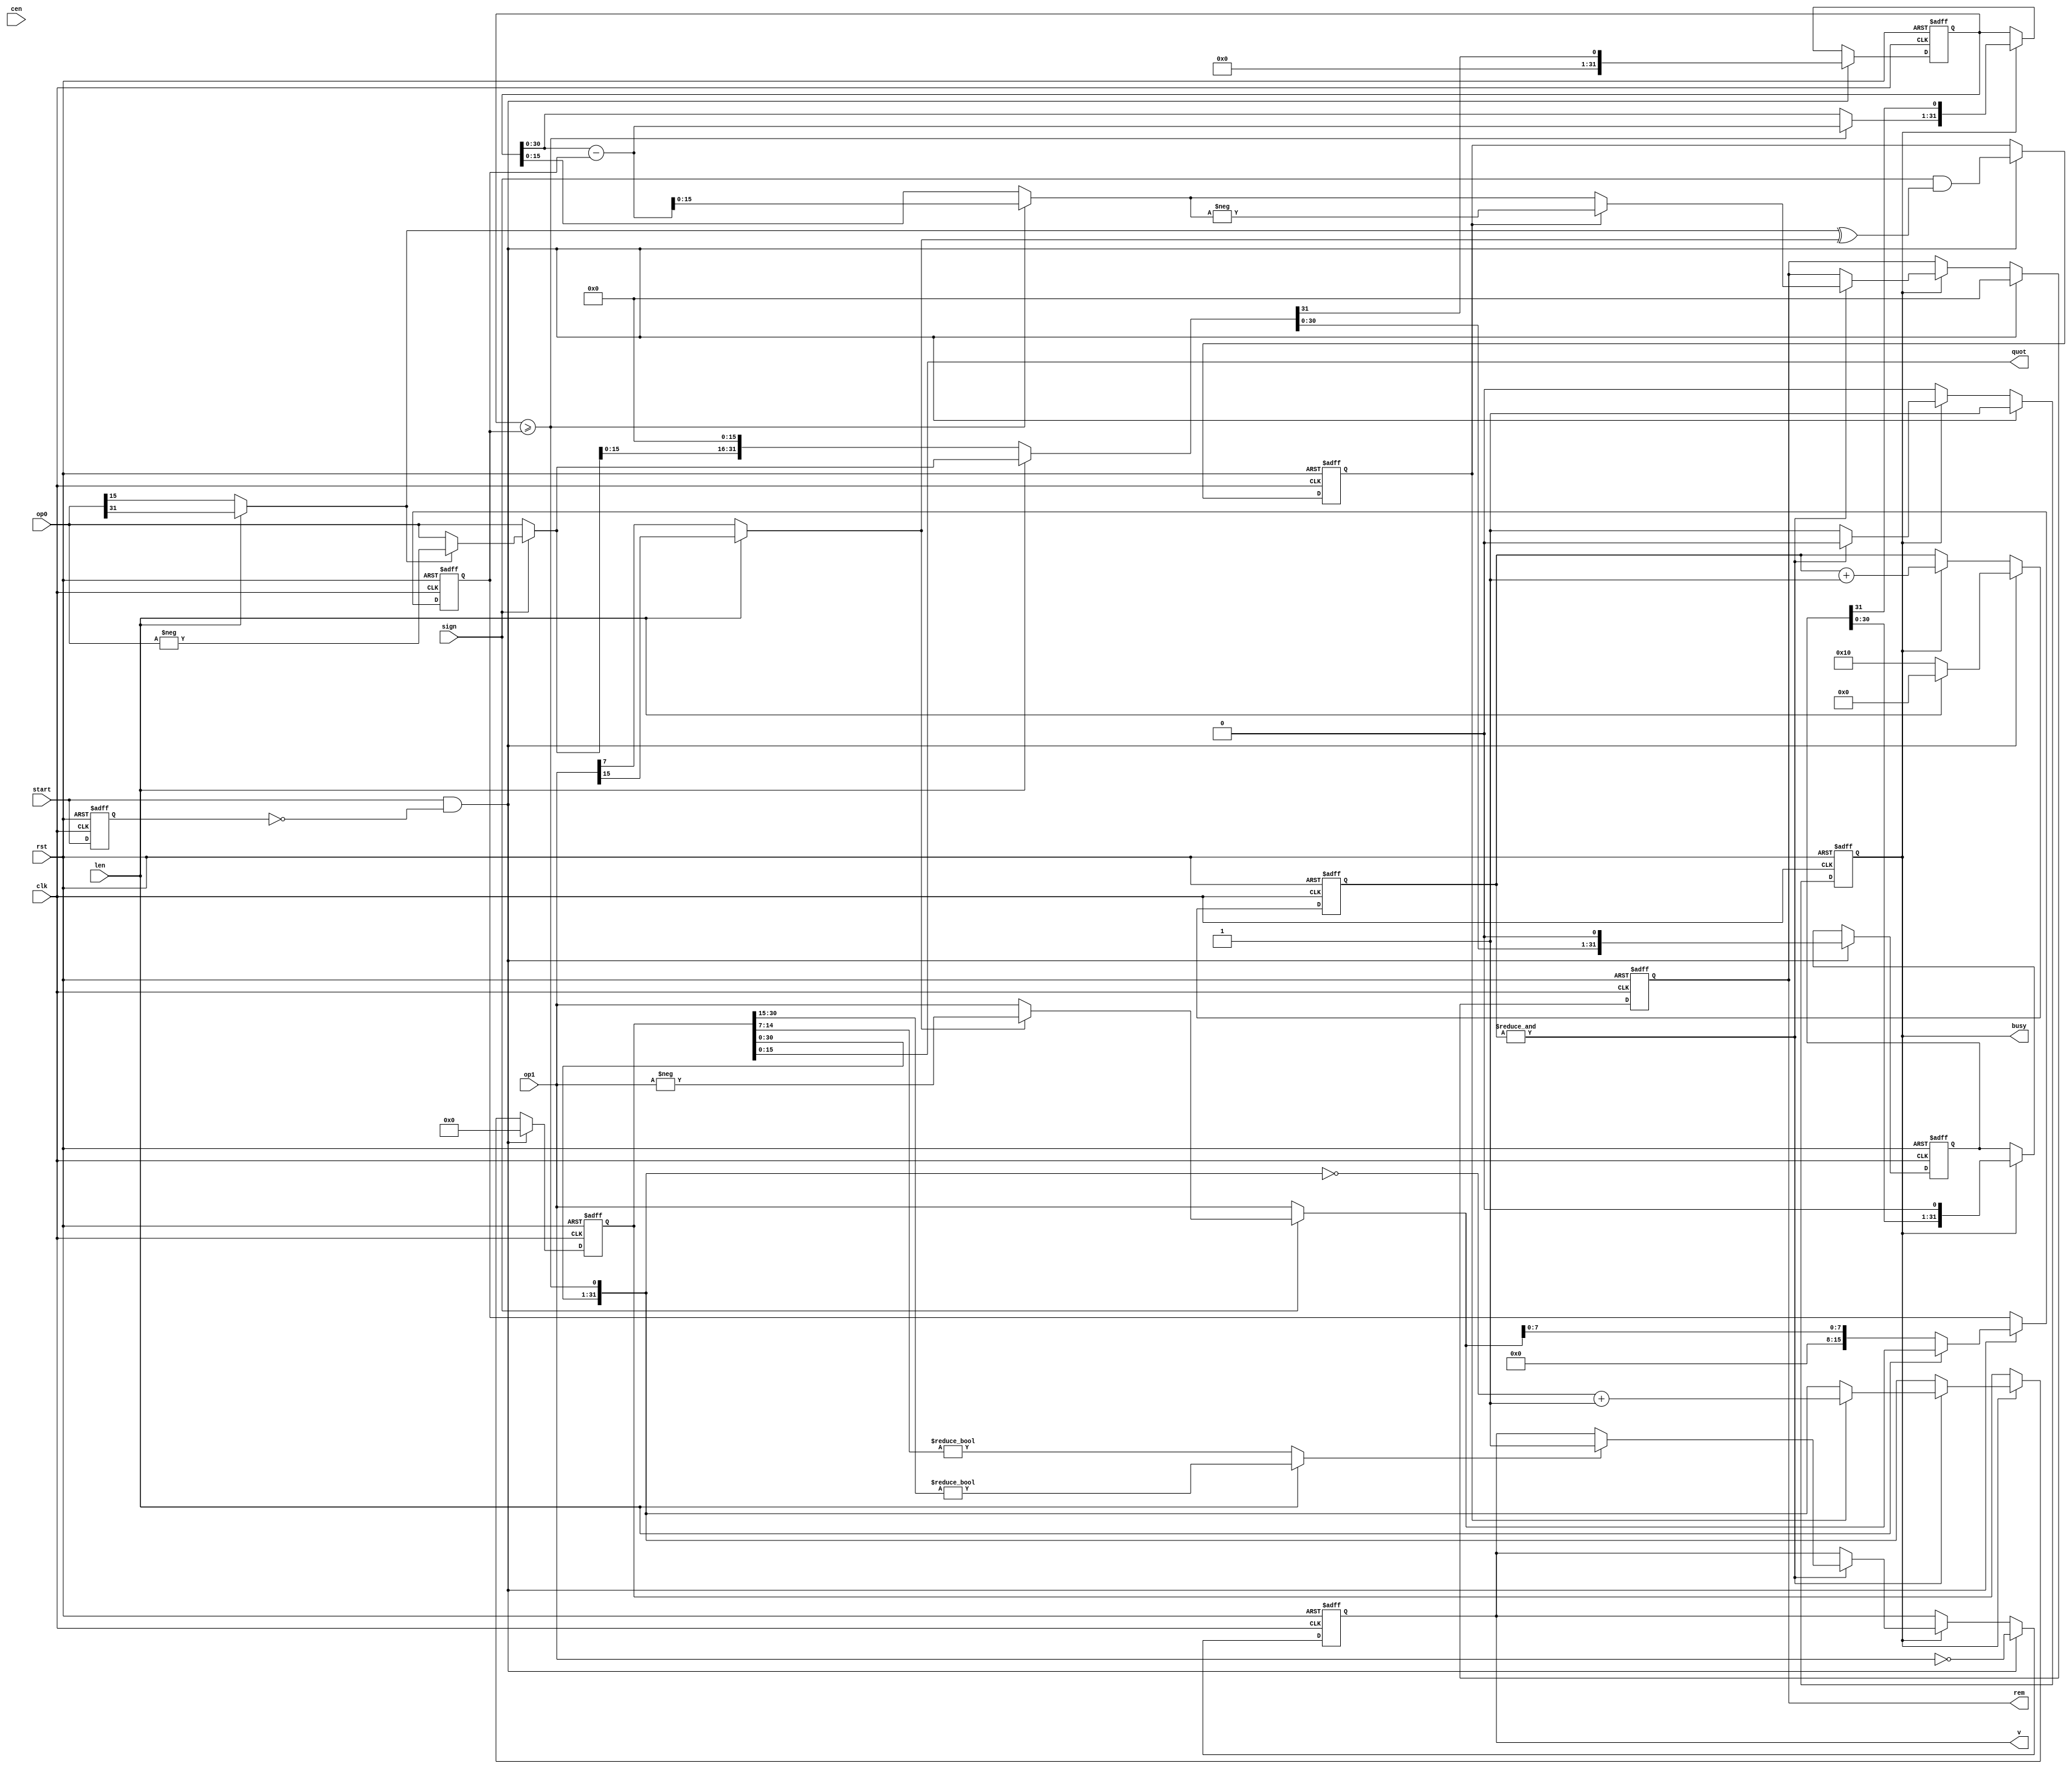
/*  This file is part of JT900H.
    JT900H program is free software: you can redistribute it and/or modify
    it under the terms of the GNU General Public License as published by
    the Free Software Foundation, either version 3 of the License, or
    (at your option) any later version.

    JT900H program is distributed in the hope that it will be useful,
    but WITHOUT ANY WARRANTY; without even the implied warranty of
    MERCHANTABILITY or FITNESS FOR A PARTICULAR PURPOSE.  See the
    GNU General Public License for more details.

    You should have received a copy of the GNU General Public License
    along with JT900H.  If not, see <http://www.gnu.org/licenses/>.

    Author: Jose Tejada Gomez. https://patreon.com/jotego
    Version: 1.0
    Date: 30-11-2021 */

module jt900h_div(
    input             rst,
    input             clk,
    input             cen,
    input      [31:0] op0, // dividend
    input      [15:0] op1, // divisor
    input             len,
    input             start,
    input             sign,
    output     [15:0] quot,
    output reg [15:0] rem,
    output reg        busy,
    output reg        v
);

reg  [31:0] divend, sub, fullq, op0_unsig;
reg  [15:0] divor, op1_unsig, nx_rem;
wire [31:0] rslt, nx_quot;
reg  [ 4:0] st;
wire        larger;
reg         start_l;
reg         sign0, sign1, rsi;

assign larger = sub>=divor;
assign rslt   = sub - { 16'd0, divor };
assign nx_quot= { fullq[30:0], larger };
assign quot   = fullq[15:0];

always @* begin
    op0_unsig = op0;
    op1_unsig = op1;
    sign0     = len ? op0[31] : op0[15];
    sign1     = len ? op1[15] : op1[7];
    if( sign ) begin
        if( sign0 ) op0_unsig = -op0;
        if( sign1 ) op1_unsig = -op1;
    end
    // final remainder
    nx_rem = larger ? rslt[15:0] : sub[15:0];
    if( rsi ) nx_rem = -nx_rem; // the sign of the remainder must match the sign of the dividend
end

always @(posedge clk or posedge rst) begin
    if(rst) begin
        fullq  <= 0;
        rem    <= 0;
        busy   <= 0;
        divend <= 0;
        divor  <= 0;
        sub    <= 0;
        st     <= 0;
        start_l<= 0;
        v      <= 0;
        rsi    <= 0;
    end else begin
        start_l <= start;
        if( start && !start_l) begin
            busy   <= 1;
            fullq  <= 0;
            rem    <= 0;
            { sub, divend } <= { 31'd0, len ? op0_unsig : { op0_unsig[15:0], 16'd0 }, 1'b0 };
            divor  <= len ? op1_unsig : { 8'd0, op1_unsig[7:0] };
            st     <= len ? 5'd0 : 5'd16;
            v      <= op1 == 0;
            rsi    <= sign & (sign0 ^ sign1);
        end else if( busy ) begin
            fullq <= nx_quot;
            { sub, divend } <= { larger ? rslt[30:0] : sub[30:0], divend, 1'b0 };
            st <= st+1'd1;
            if( &st ) begin
                busy <= 0;
                rem   <= nx_rem;
                if( rsi ) fullq <= ~nx_quot+1'd1;
                if( len ? nx_quot[31:16]!=0 : nx_quot[15:8]!=0 ) v <= 1;
            end
        end
    end
end

endmodule